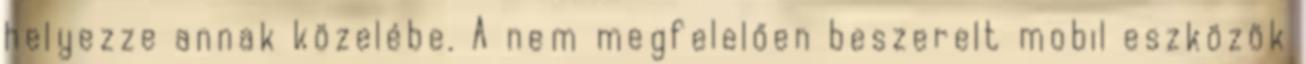
helyezze annak közelébe. A nem megfelelően beszerelt mobil eszközök